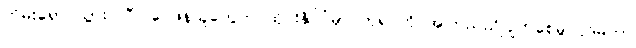
တိမ်းရှောင်သွားပါပြီ၊၊ ဝေဖန်သူတွေက ထိုင်းနိုင်ငံမှာ ဘုရင်ကို အကြည်ညိုပျက်စေမှု ပုဒ်မဟာ